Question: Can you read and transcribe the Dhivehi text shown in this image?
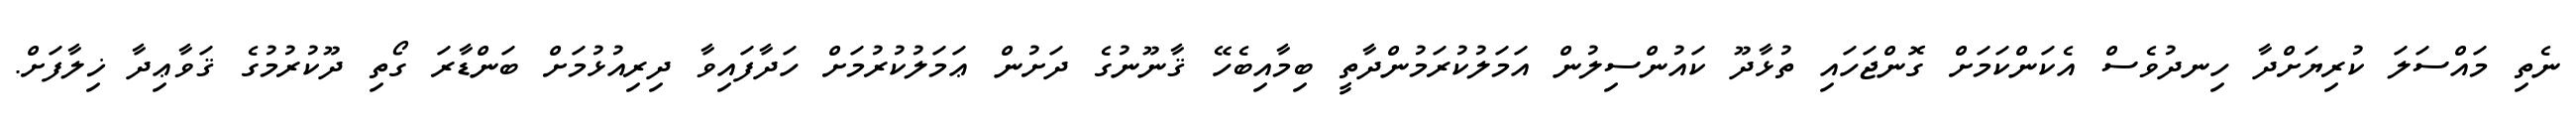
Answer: ނެތި މައްސަލަ ކުރިޔަށްދާ ހިނދުވެސް އެކަންކަމަށް ގޮންޖަހައި ތުޅާދޫ ކައުންސިލުން އަމަލުކުރަމުންދާތީ ބިމާއިބެހޭ ޤާނޫނުގެ ދަށުން ޢަމަލުކުރުމަށް ހަދާފައިވާ ދިރިއުޅުމަށް ބަންޑާރަ ގޯތި ދޫކުރުމުގެ ޤަވާޢިދާ ޚިލާފަށް.